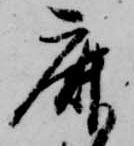
鹿